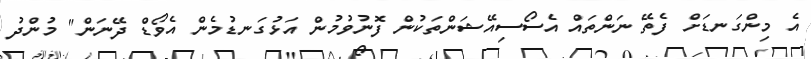
އެ މިންގަނޑަށް ފެތޭ ނަންތައް އެސޯސިއޭޝަންތަކުން ފޮނުވުމުން އަޅުގަނޑުމެން އެވޯޑް ދޭނަން" މުންދު